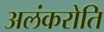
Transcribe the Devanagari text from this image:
अलंकरोति